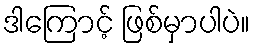
ဒါကြောင့် ဖြစ်မှာပါပဲ။